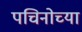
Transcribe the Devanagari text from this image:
पचिनोच्या